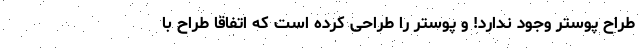
طراح پوستر وجود ندارد! و پوستر را طراحی کرده است که اتفاقا طراح با